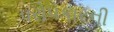
પરોપકારની